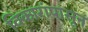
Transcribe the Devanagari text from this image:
विकारांपासून